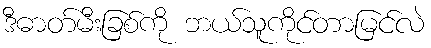
ဒီဓာတ်မီးခြစ်ကို ဘယ်သူကိုင်တာမြင်လဲ